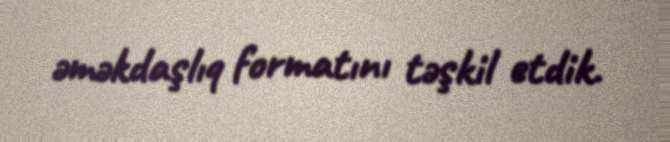
əməkdaşlıq formatını təşkil etdik.